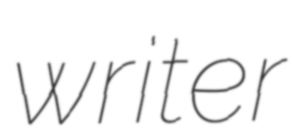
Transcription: writer